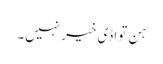
ہن تواڈی خیر نہیں۔